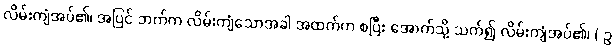
လိမ်းကျံအပ်၏၊ အပြင် ဘက်က လိမ်းကျံသောအခါ အထက်က စပြီး အောက်သို့ သက်၍ လိမ်းကျံအပ်၏၊ ( ဥ